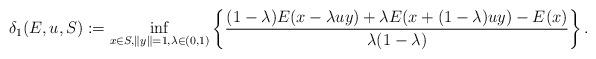
LaTeX: \begin{align*}\delta_{1}(E,u,S):=\inf_{x\in S, \|y\|=1, \lambda \in (0,1)}\left\{\frac{(1-\lambda)E(x-\lambda uy)+\lambda E(x+(1-\lambda) uy)-E(x)}{\lambda(1-\lambda)}\right\}.\end{align*}